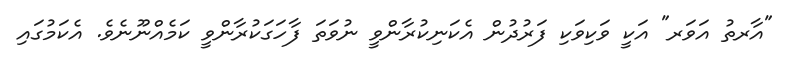
"އާރތު އަވަރ" އަކީ ވަކިވަކި ފަރުދުން އެކަނިކުރާންވީ ނުވަތަ ފާހަގަކުރާންވީ ކަމެއްނޫނެވެ. އެކަމުގައި